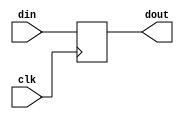
module ab(din,clk,dout);
    input   [31:0]   din ;
    input            clk ;
    output  [31:0]   dout ;
    
    reg   [31:0]   dout ;
    
    always @(posedge clk)
       dout <= din ;
    
    
endmodule